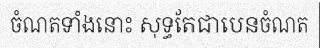
ចំណតទាំងនោះ សុទ្ធតែជាបេនចំណត